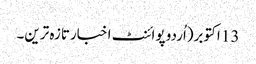
13 اکتوبر(اُردو پوائنٹ اخبارتازہ ترین۔